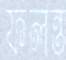
ফলন্ত